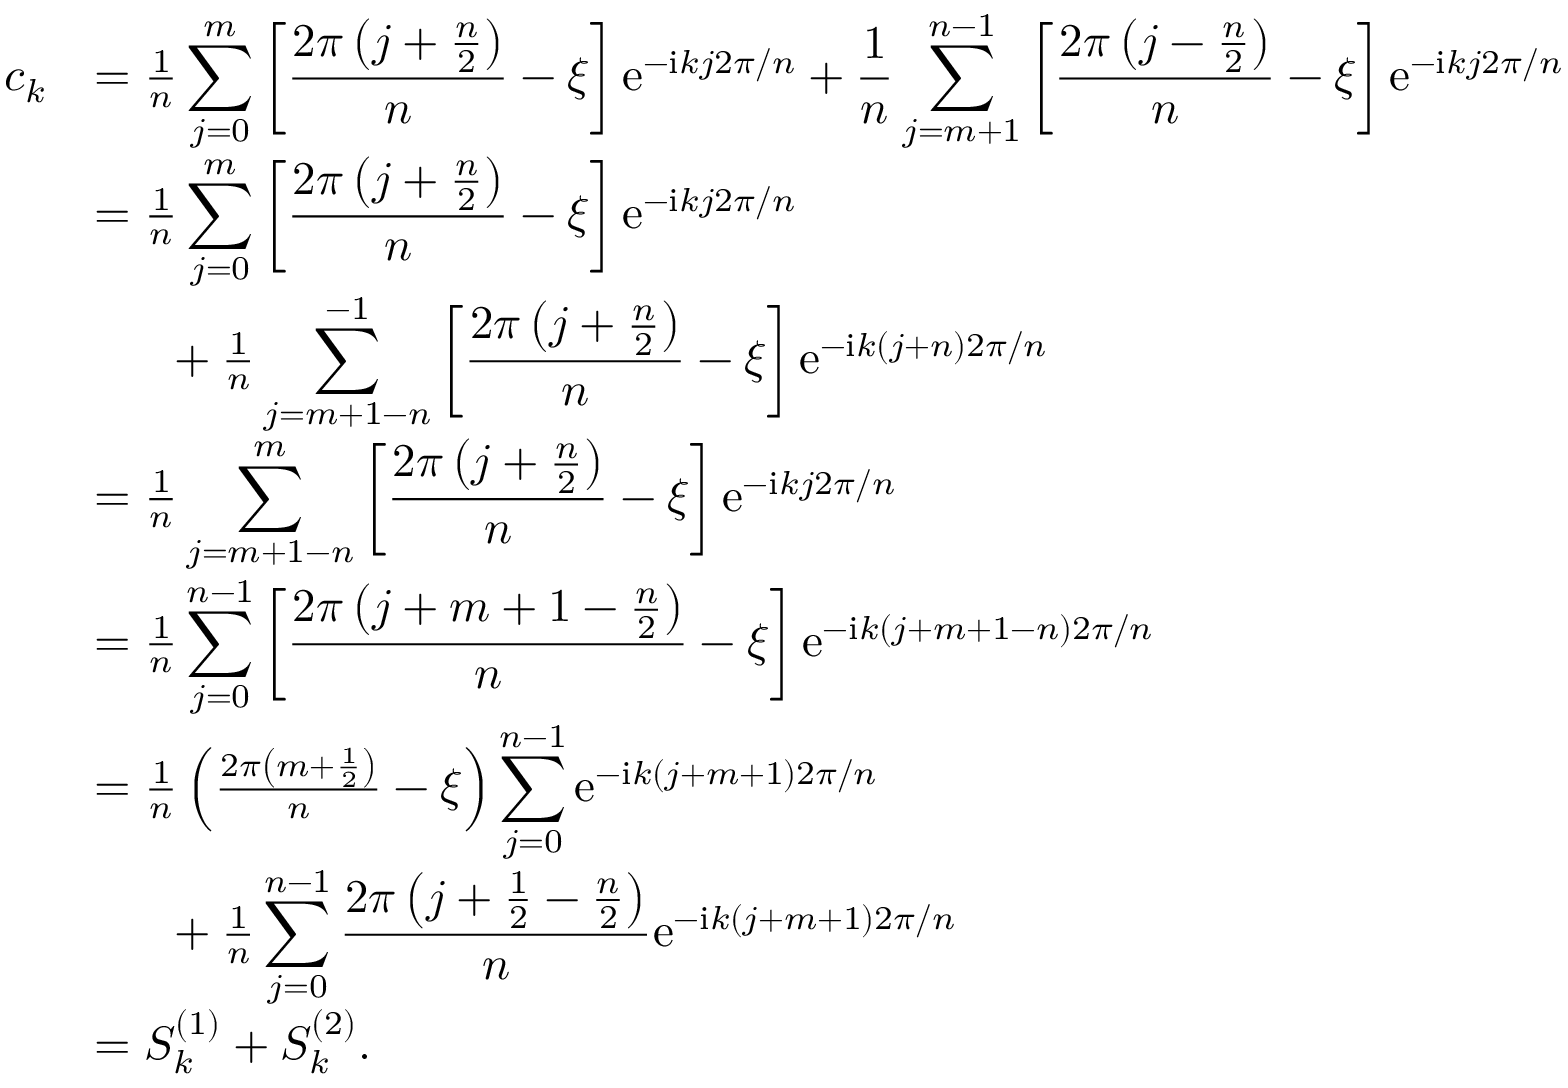
\begin{array} { r l } { c _ { k } } & { = \frac { 1 } { n } \displaystyle \sum _ { j = 0 } ^ { m } \left[ \frac { 2 \pi \left( j + \frac { n } { 2 } \right) } { n } - \xi \right] \mathrm { e } ^ { - \mathrm { i } k j 2 \pi / n } + \frac { 1 } { n } \displaystyle \sum _ { j = m + 1 } ^ { n - 1 } \left[ \frac { 2 \pi \left( j - \frac { n } { 2 } \right) } { n } - \xi \right] \mathrm { e } ^ { - \mathrm { i } k j 2 \pi / n } } \\ & { = \frac { 1 } { n } \displaystyle \sum _ { j = 0 } ^ { m } \left[ \frac { 2 \pi \left( j + \frac { n } { 2 } \right) } { n } - \xi \right] \mathrm { e } ^ { - \mathrm { i } k j 2 \pi / n } } \\ & { \phantom { 2 p c } + \frac { 1 } { n } \displaystyle \sum _ { j = m + 1 - n } ^ { - 1 } \left[ \frac { 2 \pi \left( j + \frac { n } { 2 } \right) } { n } - \xi \right] \mathrm { e } ^ { - \mathrm { i } k ( j + n ) 2 \pi / n } } \\ & { = \frac { 1 } { n } \displaystyle \sum _ { j = m + 1 - n } ^ { m } \left[ \frac { 2 \pi \left( j + \frac { n } { 2 } \right) } { n } - \xi \right] \mathrm { e } ^ { - \mathrm { i } k j 2 \pi / n } } \\ & { = \frac { 1 } { n } \displaystyle \sum _ { j = 0 } ^ { n - 1 } \left[ \frac { 2 \pi \left( j + m + 1 - \frac { n } { 2 } \right) } { n } - \xi \right] \mathrm { e } ^ { - \mathrm { i } k ( j + m + 1 - n ) 2 \pi / n } } \\ & { = \frac { 1 } { n } \left( \frac { 2 \pi \left( m + \frac { 1 } { 2 } \right) } { n } - \xi \right) \displaystyle \sum _ { j = 0 } ^ { n - 1 } \mathrm { e } ^ { - \mathrm { i } k ( j + m + 1 ) 2 \pi / n } } \\ & { \phantom { 2 p c } + \frac { 1 } { n } \displaystyle \sum _ { j = 0 } ^ { n - 1 } \frac { 2 \pi \left( j + \frac { 1 } { 2 } - \frac { n } { 2 } \right) } { n } \mathrm { e } ^ { - \mathrm { i } k ( j + m + 1 ) 2 \pi / n } } \\ & { = S _ { k } ^ { ( 1 ) } + S _ { k } ^ { ( 2 ) } . } \end{array}